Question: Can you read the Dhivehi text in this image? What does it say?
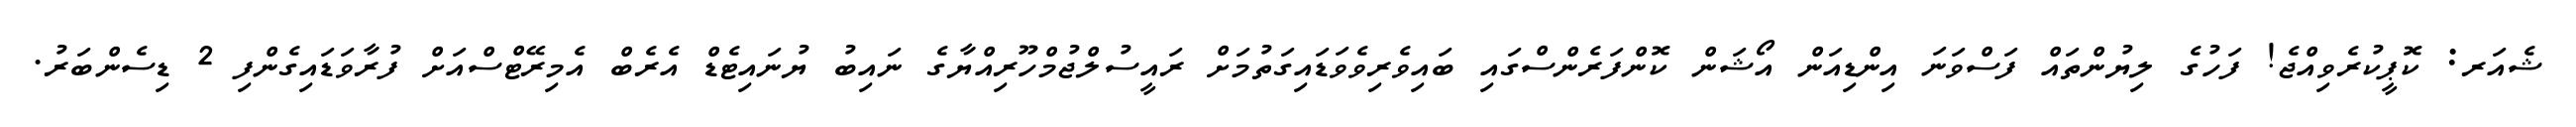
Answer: ޝެއަރ: ކޮޕީކުރެވިއްޖެ! ފަހުގެ ލިޔުންތައް ފަސްވަނަ އިންޑިއަން އޯޝަން ކޮންފަރެންސްގައި ބައިވެރިވެވަޑައިގަތުމަށް ރައީސުލްޖުމްހޫރިއްޔާގެ ނައިބު ޔުނައިޓެޑް އެރެބް އެމިރޭޓްސްއަށް ފުރާވަޑައިގެންފި 2 ޑިސެންބަރު.